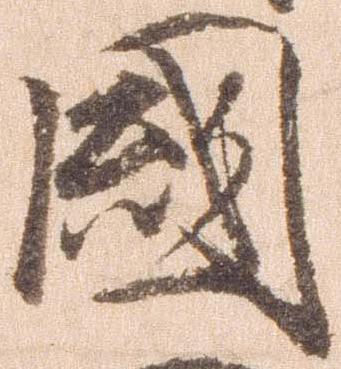
国